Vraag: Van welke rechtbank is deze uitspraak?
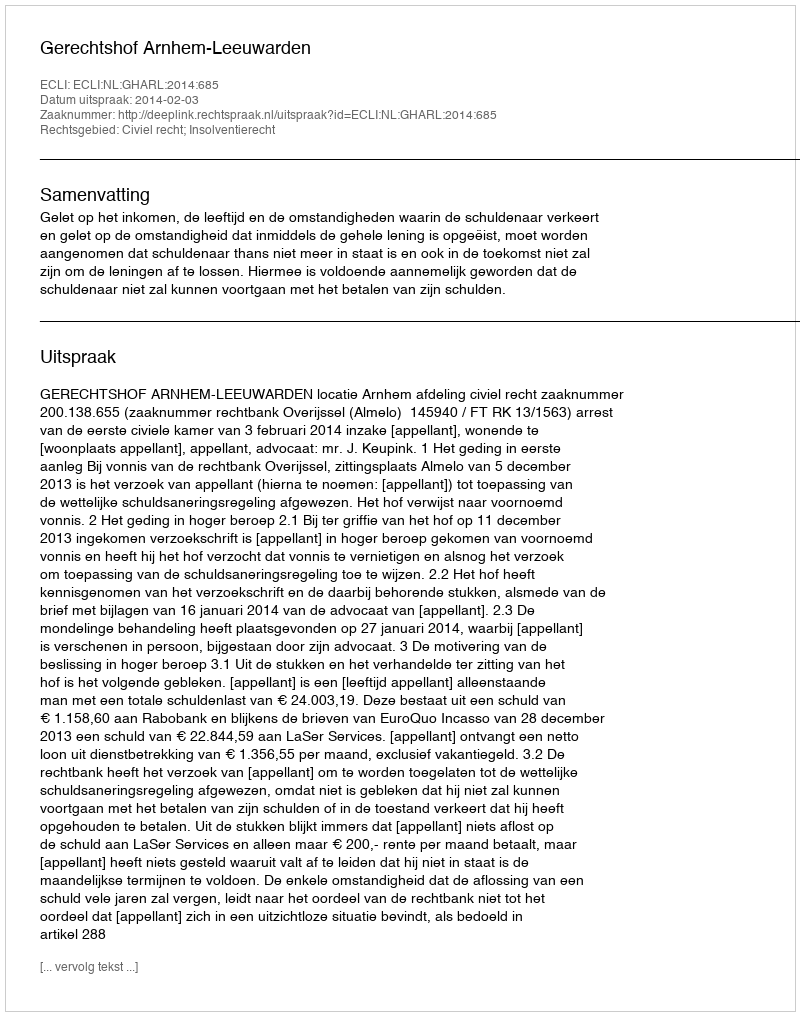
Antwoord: Gerechtshof Arnhem-Leeuwarden